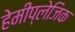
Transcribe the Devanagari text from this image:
हेमीप्लेजिक